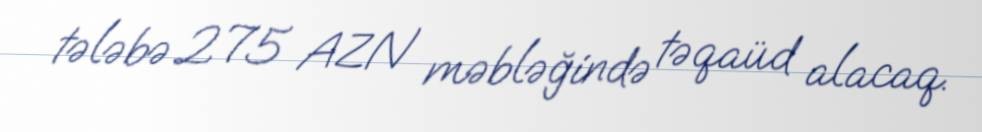
tələbə 275 AZN məbləğində təqaüd alacaq.